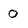
Character: 0